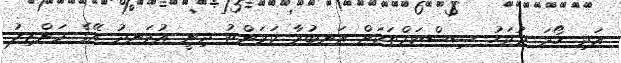
އަދި ހޯމަ ދުވަހު ސިސްޓަމްތަކަށް އަނބުރާ ކަރަންޓު ދިނީ އުޅަނދު އޭގެ މަންޒިލު